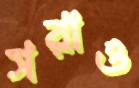
সরাও